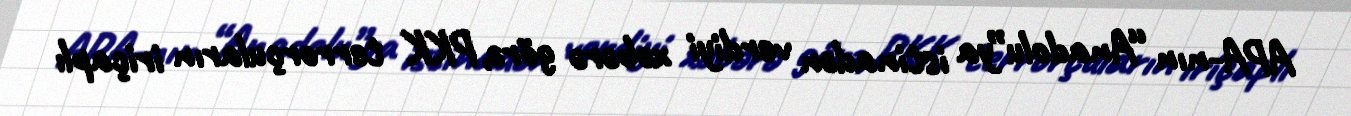
APA-nın “Anadolu”ya istinadən verdiyi xəbərə görə, PKK terrorçuların iriçaplı